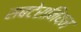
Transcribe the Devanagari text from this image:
सबटेरानियन